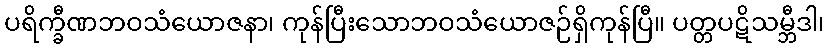
ပရိက္ခီဏဘဝသံယောဇနာ၊ ကုန်ပြီးသောဘဝသံယောဇဉ်ရှိကုန်ပြီ။ ပတ္တပဋိသမ္ဘီဒါ၊